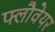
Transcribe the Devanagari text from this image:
फ्लौवेयर